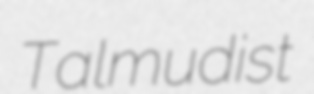
Talmudist